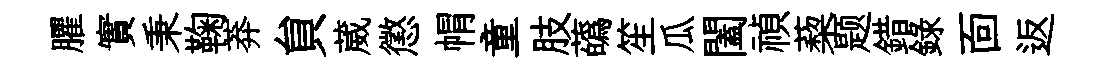
臞實秉鞠莽貟葳懲㡌童肢蘤笙瓜闔禎蔾题錯録靣返